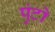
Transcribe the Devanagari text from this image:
पुंटो